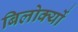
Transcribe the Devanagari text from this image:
बिलोक्यों